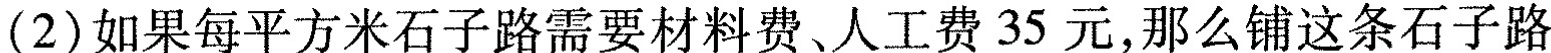
(2)如果每平方米石子路需要材料费、人工费35元，那么铺这条石子路